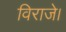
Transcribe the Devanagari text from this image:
विराजे।